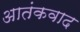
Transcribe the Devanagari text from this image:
अातंकवाद